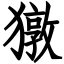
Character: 獤